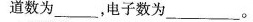
道数为___，电子数为___。